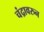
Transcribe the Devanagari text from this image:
चंद्रावरुन